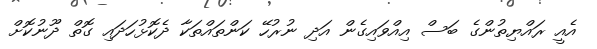
އެއީ ރައްޔިތުންގެ ބަސް އިއްވައިގެން އަދި ނުރުހޭ ކަންތައްތަކާ ދެކޮޅުހަދައި ގޮތް ދޫނުކޮށް